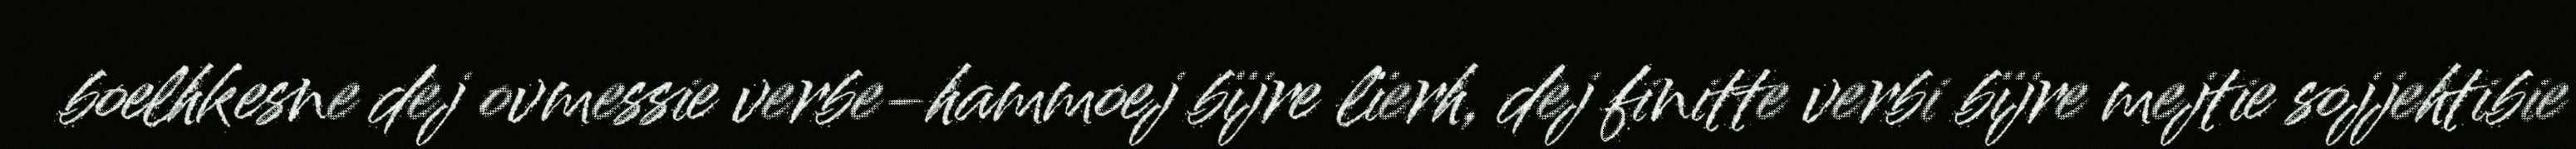
boelhkesne dej ovmessie verbe-hammoej bïjre lïerh, dej finitte verbi bïjre mejtie sojjehtibie